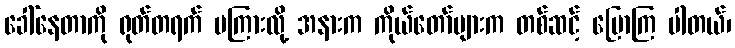
ခေါ်နေတာကို ရုတ်တရက် မကြားလို့ အနားက ကိုယ်တော်များက တစ်ဆင့် ပြောကြ ပါတယ်၊